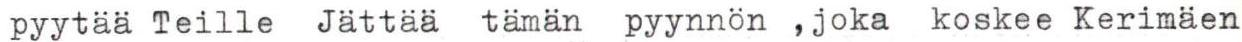
pyytää Teille Jättää tämän pyynnön ,joka koskee Kerimäen